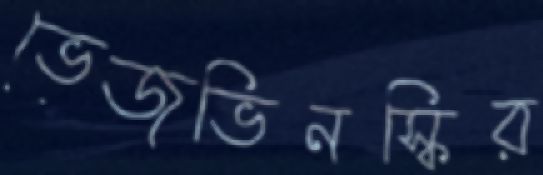
ভেজভিনস্কির